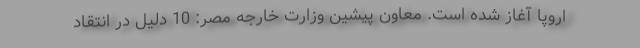
اروپا آغاز شده است. معاون پیشین وزارت خارجه مصر: 10 دلیل در انتقاد